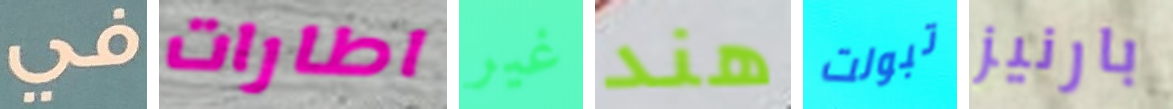
في اطارات غير هند تبولت بارنيز